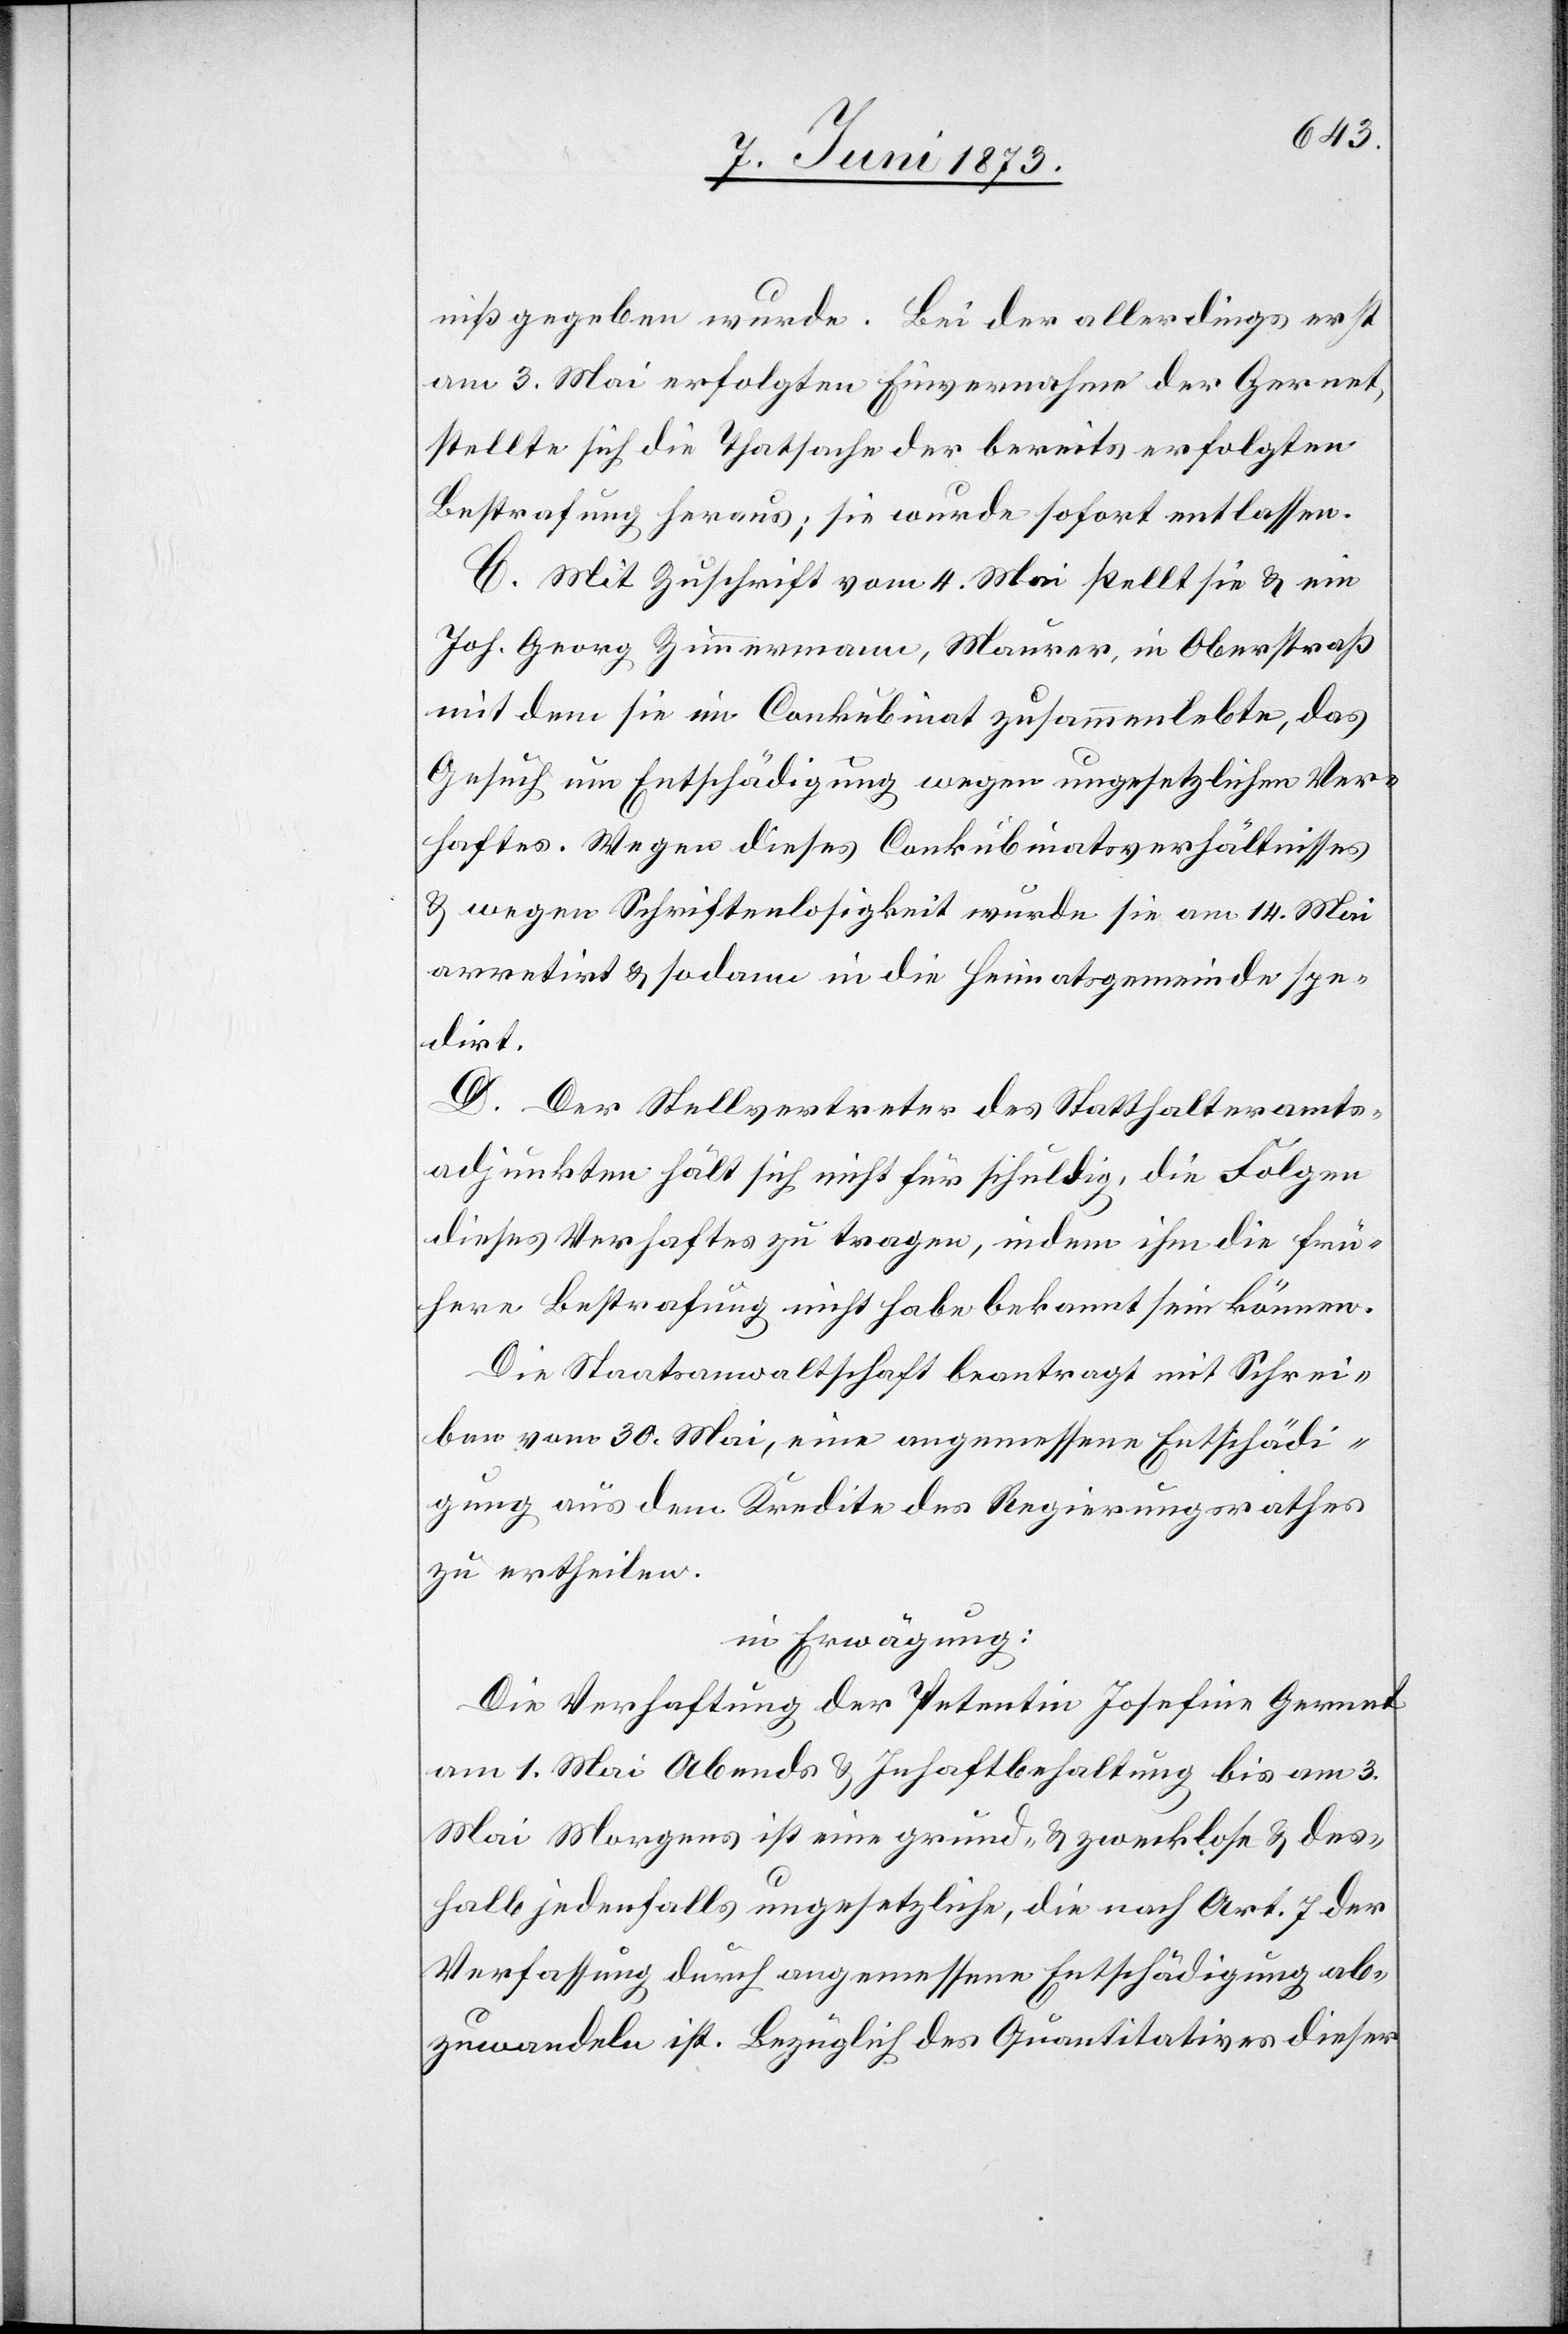
niß gegeben wurde. Bei der allerdings erst
am 3. Mai erfolgten Einvernahme der Gernet,
stellte sich die Thatsache der bereits erfolgten
Bestrafung heraus; sie wurde sofort entlassen.
C. Mit Zuschrift vom 4. Mai stellt sie & ein
Joh. Georg Zimmermann, Maurer, in Oberstraß
mit dem sie im Conkubinat zusammenlebte, das
Gesuch um Entschädigung wegen ungesetzlichen Ver¬
haftes. Wegen dieses Conkubinatsverhältnisses
& wegen Schriftenlosigkeit wurde sie am 14. Mai
arretirt & sodann in die Heimatsgemeinde spe¬
dirt.
D. Der Stellvertreter des Statthalteramts¬
adjunkten hält sich nicht für schuldig, die Folgen
dieses Verhaftes zu tragen, indem ihm die frü¬
here Bestrafung nicht habe bekannt sein können.
Die Staatsanwaltschaft beantragt mit Schrei¬
ben vom 30. Mai, eine angemessene Entschädi¬
gung aus dem Kredite des Regierungsrathes
zu ertheilen.
in Erwägung:
Die Verhaftung der Petentin Josefine Gernet
am 1. Mai Abends & Inhaftbehaltung bis am 3.
Mai Morgens ist eine grund- & zwecklose & des¬
halb jedenfalls ungesetzliche, die nach Art. 7 der
Verfassung durch angemessene Entschädigung ab¬
zuwandeln ist. Bezüglich des Quantitatives dieser